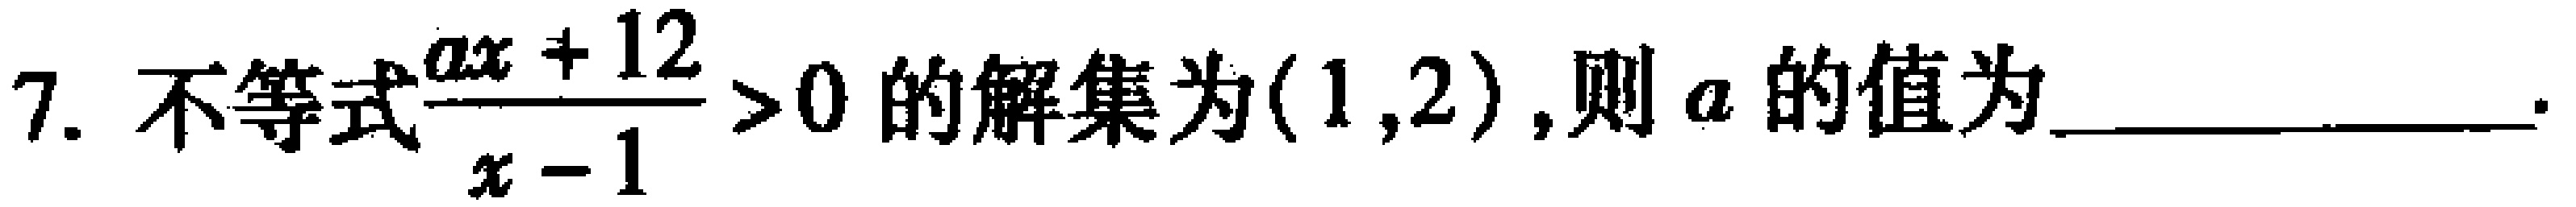
7. 不等式$\frac{ax + 12}{x - 1}>0$的解集为$(1,2)$,则$a$的值为____________.